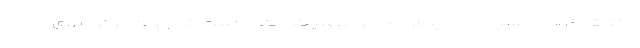
مختلف خودرو بسیار جدی پیش می برد. رسپکت نامی است که بهمن موتور برای